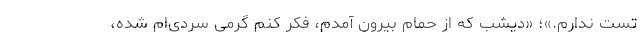
تست ندارم.»؛ «دیشب که از حمام بیرون آمدم، فکر کنم گرمی سردی‌ام شده،